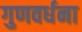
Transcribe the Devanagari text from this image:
गुणवर्धना